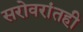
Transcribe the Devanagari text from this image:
सरोवरांतही